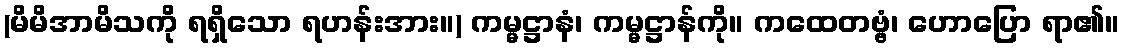
(မိမိအာမိသကို ရရှိသော ရဟန်းအား။) ကမ္မဋ္ဌာနံ၊ ကမ္မဋ္ဌာန်ကို။ ကထေတဗ္ဗံ၊ ဟောပြော ရာ၏။